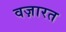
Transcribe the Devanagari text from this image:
वज़ारत